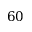
6 0